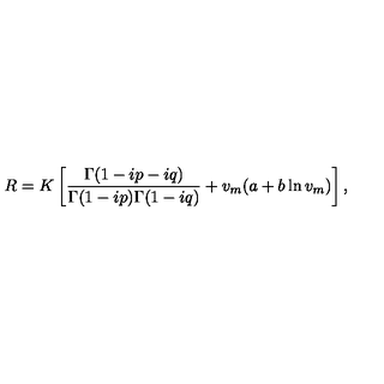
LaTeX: R = K \left[ { \frac { \Gamma ( 1 - i p - i q ) } { \Gamma ( 1 - i p ) \Gamma ( 1 - i q ) } } + v _ { m } ( a + b \ln v _ { m } ) \right] ,